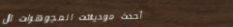
أحدث موديلات المجوهرات ال